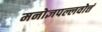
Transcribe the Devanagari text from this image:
मनोज्ञपल्लवोत्तं